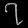
Digit: ၇